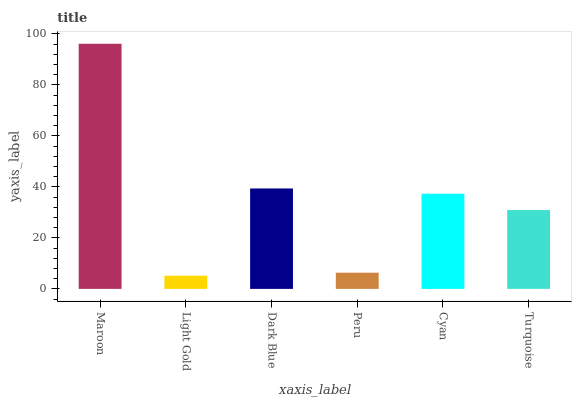
| xaxis_label | bars |
 | --- | --- |
 | Maroon | 96.1 |
 | Light Gold | 5.18 |
 | Dark Blue | 39.4 |
 | Peru | 6.36 |
 | Cyan | 37.3 |
 | Turquoise | 30.9 |